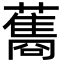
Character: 𮒣